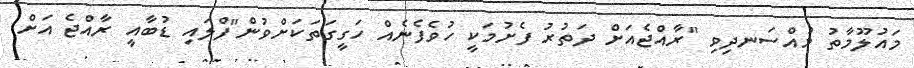
މައުލޫމާތު މުއްސަނދިވި "ރާއްޖެއަށް ދަތުރު ފެށުމަކީ ހުވެފެނެއް ހަގީގަތަކަށްވުން"ފްލައި ޑުބާއީ ރާއްޖެ އަށް